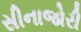
સીનાજોરી